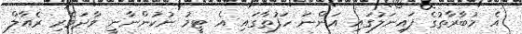
އެ މުބާރާތުގެ ފައިނަލުގައި އަންނަ ހަފުތާގައި އެ ޓީމު ނުކުންނާނީ ވާދަވެރި ރެއާލް